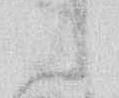
候